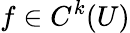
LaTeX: f\in C^{k}(U)